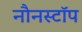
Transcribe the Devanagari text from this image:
नौनस्टॉप